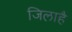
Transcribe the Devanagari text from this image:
जिलाहै